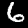
Label: 6